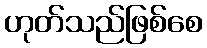
ဟုတ်သည်ဖြစ်စေ